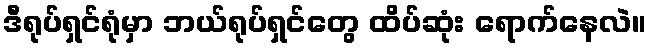
ဒီရုပ်ရှင်ရုံမှာ ဘယ်ရုပ်ရှင်တွေ ထိပ်ဆုံး ရောက်နေလဲ။